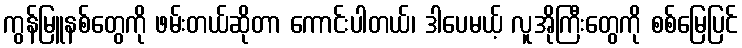
ကွန်မြူနစ်တွေကို ဖမ်းတယ်ဆိုတာ ကောင်းပါတယ်၊ ဒါပေမယ့် လူအိုကြီးတွေကို စစ်မြေပြင်